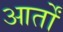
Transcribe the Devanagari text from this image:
आर्तों